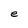
Character: e